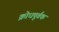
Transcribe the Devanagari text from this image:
क्रोधपूर्वक